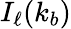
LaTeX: I_{\ell}(k_{b})